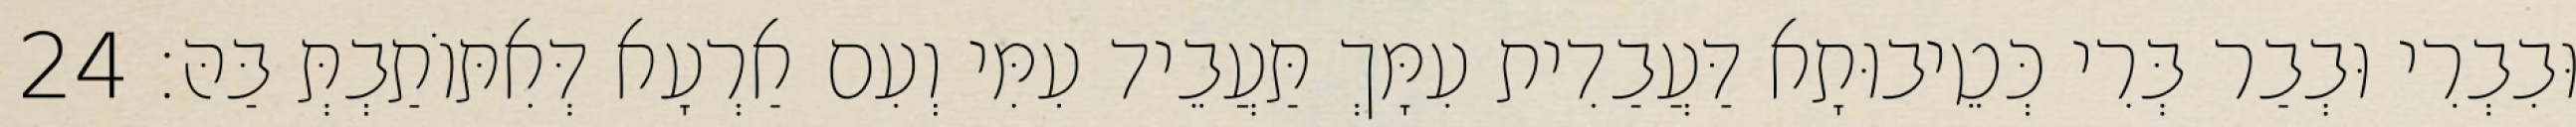
וּבִבְרִי וּבְבַר בְּרִי כְּטֵיבוּתָא דַּעֲבַדִית עִמָּךְ תַּעֲבֵיד עִמִּי וְעִם אַרְעָא דְּאִתּוֹתַבְתְּ בַּהּ׃ 24